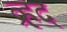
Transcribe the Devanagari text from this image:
व्रहद